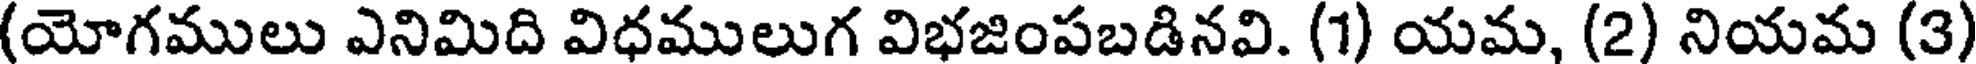
(యోగములు ఎనిమిది విధములుగ విభజింపబడినవి. (1) యమ, (2) నియమ (3)